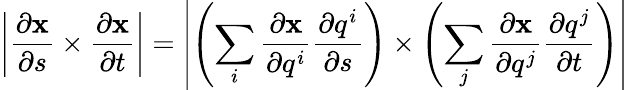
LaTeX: \left|{\frac{\partial\mathbf{x}}{\partial s}}\times{\frac{\partial\mathbf{x}}{\partial t}}\right|=\left|\left(\sum_{i}{\frac{\partial\mathbf{x}}{\partial q^{i}}}{\frac{\partial q^{i}}{\partial s}}\right)\times\left(\sum_{j}{\frac{\partial\mathbf{x}}{\partial q^{j}}}{\frac{\partial q^{j}}{\partial t}}\right)\right|